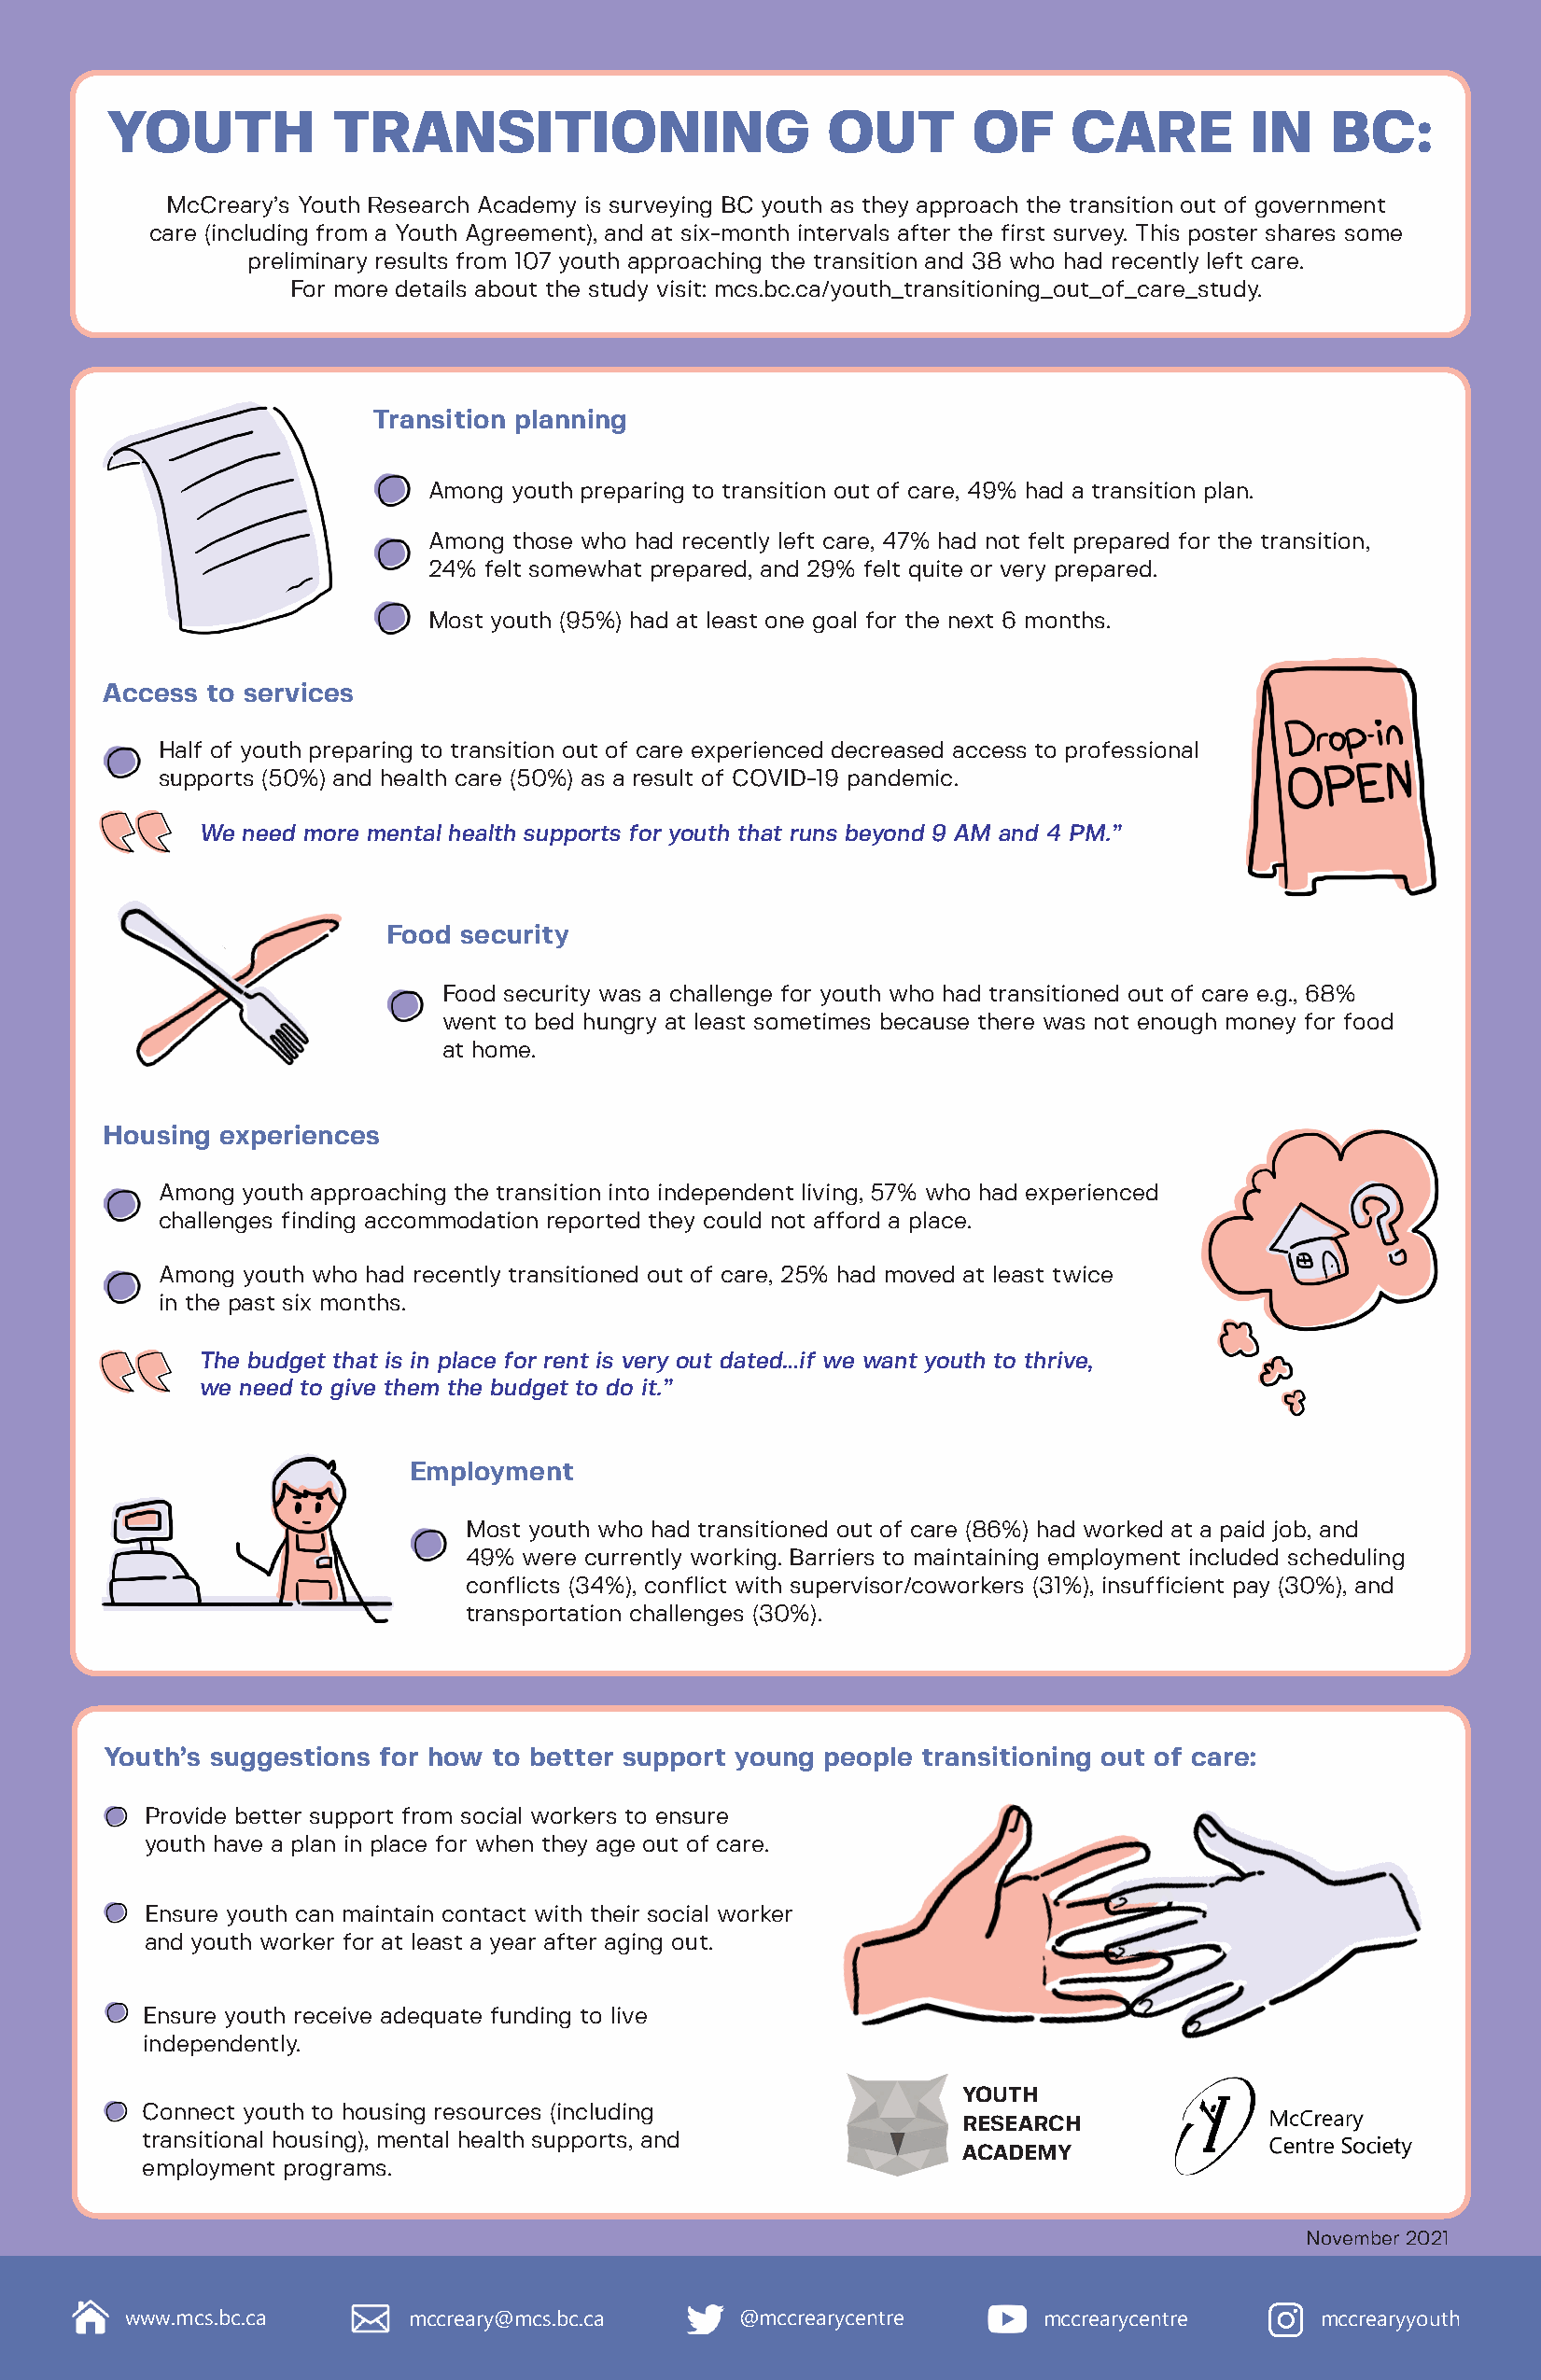
YOUTH           TRANSITIONING                      OUT       OF     CARE         IN   BC:
 McCreary’s Youth Research Academy is surveying BC youth as they approach the transition out of government
 care (including from a Youth Agreement), and at six-month intervals after the first survey. This poster shares some
 preliminary results from 107 youth approaching the transition and 38 who had recently left care.
 For more details about the study visit: mcs.bc.ca/youth_transitioning_out_of_care_study.
 Transition planning
 Among youth preparing to transition out of care, 49% had a transition plan.
 Among those who had recently left care, 47% had not felt prepared for the transition,
 24% felt somewhat prepared, and 29% felt quite or very prepared.
 Most youth (95%) had at least one goal for the next 6 months.
 Access  to services
 Half of youth preparing to transition out of care experienced decreased access to professional
 supports (50%) and health care (50%) as a result of COVID-19 pandemic.
 We need more mental health supports for youth that runs beyond 9 AM and 4 PM.”
 Food  security
 Food security was a challenge for youth who had transitioned out of care e.g., 68%
 went to bed hungry at least sometimes because there was not enough money for food
 at home.
 Housing  experiences
 Among youth approaching the transition into independent living, 57% who had experienced
 challenges finding accommodation reported they could not afford a place.
 Among youth who had recently transitioned out of care, 25% had moved at least twice
 in the past six months.
 The budget that is in place for rent is very out dated…if we want youth to thrive,
 we need to give them the budget to do it.”
 Employment
 Most youth who had transitioned out of care (86%) had worked at a paid job, and
 49% were currently working. Barriers to maintaining employment included scheduling
 conflicts (34%), conflict with supervisor/coworkers (31%), insufficient pay (30%), and
 transportation challenges (30%).
 Youth’s suggestions for how to better support young people transitioning out of care:
 Provide better support from social workers to ensure
 youth have a plan in place for when they age out of care.
 Ensure youth can maintain contact with their social worker
 and youth worker for at least a year after aging out.
 Ensure youth receive adequate funding to live
 independently.
 YOUTH
 Connect youth to housing resources (including
 RESEARCH
 transitional housing), mental health supports, and
 ACADEMY
 employment programs.
 November 2021
 www.mcs.bc.ca       mccreary@mcs.bc.ca     @mccrearycentre       mccrearycentre      mccrearyyouth